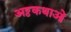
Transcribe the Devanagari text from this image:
अठ्ठकथाओं